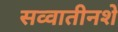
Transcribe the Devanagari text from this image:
सव्वातीनशे